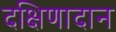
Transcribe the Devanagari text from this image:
दक्षिणादान